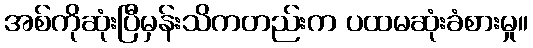
အစ်ကိုဆုံးပြီမှန်းသိကတည်းက ပထမဆုံးခံစားမှု။